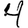
Digit: 4